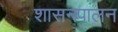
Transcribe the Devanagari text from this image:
शासनपालन